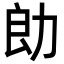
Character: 勆